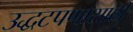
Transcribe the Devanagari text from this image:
उद्धटपणासाठी